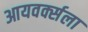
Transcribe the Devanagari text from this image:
आयवर्क्सला